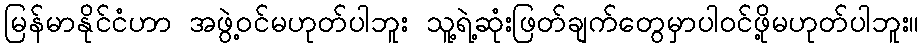
မြန်မာနိုင်ငံဟာ အဖွဲ့ဝင်မဟုတ်ပါဘူး သူ့ရဲ့ဆုံးဖြတ်ချက်တွေမှာပါဝင်ဖို့မဟုတ်ပါဘူး။